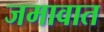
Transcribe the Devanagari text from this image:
जमावात